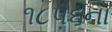
૧૮૫૬ના